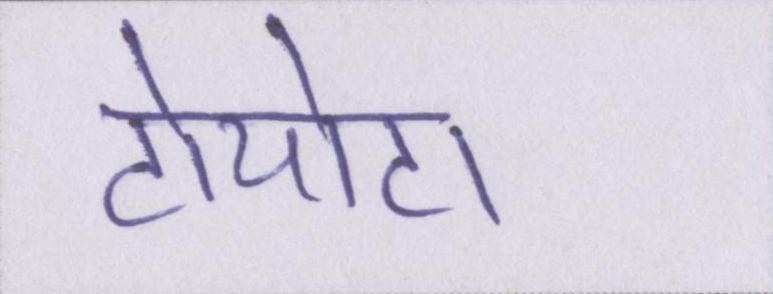
टोयोटा